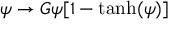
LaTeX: \psi \rightarrow G \psi [ 1 - \operatorname { t a n h } ( \psi ) ]